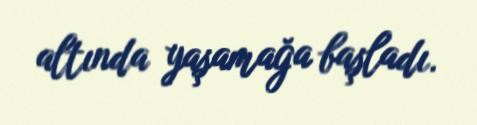
altında yaşamağa başladı.